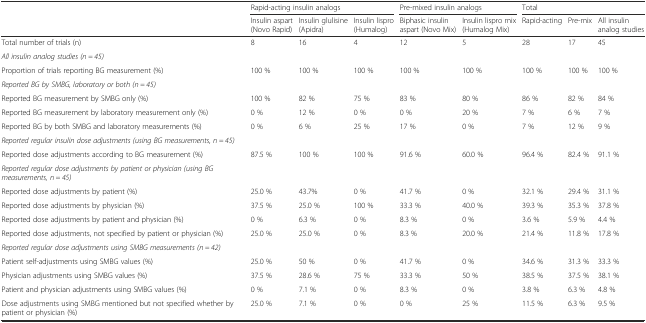
<table><thead><tr><td rowspan="2"></td><td colspan="3"><b>Rapid-acting insulin analogs</b></td><td colspan="2"><b>Pre-mixed insulin analogs</b></td><td colspan="3"><b>Total</b></td></tr><tr><td><b>Insulin aspart (Novo Rapid)</b></td><td><b>Insulin glulisine (Apidra)</b></td><td><b>Insulin lispro (Humalog)</b></td><td><b>Biphasic insulin aspart (Novo Mix)</b></td><td><b>Insulin lispro mix (Humalog Mix)</b></td><td><b>Rapid-acting</b></td><td><b>Pre-mix</b></td><td><b>All insulin analog studies</b></td></tr></thead><tbody><tr><td>Total number of trials (n)</td><td>8</td><td>16</td><td>4</td><td>12</td><td>5</td><td>28</td><td>17</td><td>45</td></tr><tr><td colspan="9"><i>All insulin analog studies (n = 45)</i></td></tr><tr><td>Proportion of trials reporting BG measurement (%)</td><td>100 %</td><td>100 %</td><td>100 %</td><td>100 %</td><td>100 %</td><td>100 %</td><td>100 %</td><td>100 %</td></tr><tr><td colspan="9"><i>Reported BG by SMBG, laboratory or both (n = 45)</i></td></tr><tr><td>Reported BG measurement by SMBG only (%)</td><td>100 %</td><td>82 %</td><td>75 %</td><td>83 %</td><td>80 %</td><td>86 %</td><td>82 %</td><td>84 %</td></tr><tr><td>Reported BG measurement by laboratory measurement only (%)</td><td>0 %</td><td>12 %</td><td>0 %</td><td>0 %</td><td>20 %</td><td>7 %</td><td>6 %</td><td>7 %</td></tr><tr><td>Reported BG by both SMBG and laboratory measurements (%)</td><td>0 %</td><td>6 %</td><td>25 %</td><td>17 %</td><td>0 %</td><td>7 %</td><td>12 %</td><td>9 %</td></tr><tr><td colspan="9"><i>Reported regular insulin dose adjustments (using BG measurements, n = 45)</i></td></tr><tr><td>Reported dose adjustments according to BG measurement (%)</td><td>87.5 %</td><td>100 %</td><td>100 %</td><td>91.6 %</td><td>60.0 %</td><td>96.4 %</td><td>82.4 %</td><td>91.1 %</td></tr><tr><td colspan="9"><i>Reported regular dose adjustments by patient or physician (using BG measurements, n = 45)</i></td></tr><tr><td>Reported dose adjustments by patient (%)</td><td>25.0 %</td><td>43.7%</td><td>0 %</td><td>41.7 %</td><td>0 %</td><td>32.1 %</td><td>29.4 %</td><td>31.1 %</td></tr><tr><td>Reported dose adjustments by physician (%)</td><td>37.5 %</td><td>25.0 %</td><td>100 %</td><td>33.3 %</td><td>40.0 %</td><td>39.3 %</td><td>35.3 %</td><td>37.8 %</td></tr><tr><td>Reported dose adjustments by patient and physician (%)</td><td>0 %</td><td>6.3 %</td><td>0 %</td><td>8.3 %</td><td>0 %</td><td>3.6 %</td><td>5.9 %</td><td>4.4 %</td></tr><tr><td>Reported dose adjustments, not specified by patient or physician (%)</td><td>25.0 %</td><td>25.0 %</td><td>0 %</td><td>8.3 %</td><td>20.0 %</td><td>21.4 %</td><td>11.8 %</td><td>17.8 %</td></tr><tr><td colspan="9"><i>Reported regular dose adjustments using SMBG measurements (n = 42)</i></td></tr><tr><td>Patient self-adjustments using SMBG values (%)</td><td>25.0 %</td><td>50 %</td><td>0 %</td><td>41.7 %</td><td>0 %</td><td>34.6 %</td><td>31.3 %</td><td>33.3 %</td></tr><tr><td>Physician adjustments using SMBG values (%)</td><td>37.5 %</td><td>28.6 %</td><td>75 %</td><td>33.3 %</td><td>50 %</td><td>38.5 %</td><td>37.5 %</td><td>38.1 %</td></tr><tr><td>Patient and physician adjustments using SMBG values (%)</td><td>0 %</td><td>7.1 %</td><td>0 %</td><td>8.3 %</td><td>0 %</td><td>3.8 %</td><td>6.3 %</td><td>4.8 %</td></tr><tr><td>Dose adjustments using SMBG mentioned but not specified whether by patient or physician (%)</td><td>25.0 %</td><td>7.1 %</td><td>0 %</td><td>0 %</td><td>25 %</td><td>11.5 %</td><td>6.3 %</td><td>9.5 %</td></tr></tbody></table>